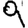
Digit: 9